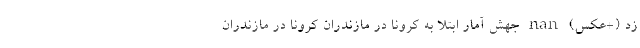
زد (+عکس) nan جهش آمار ابتلا به کرونا در مازندران کرونا در مازندران